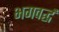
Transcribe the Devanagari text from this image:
भगवर्द्ध